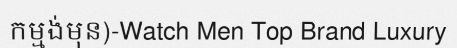
កម្មង់មុន)-Watch Men Top Brand Luxury